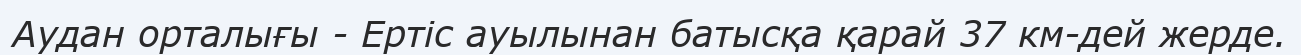
Аудан орталығы - Ертіс ауылынан батысқа қарай 37 км-дей жерде.